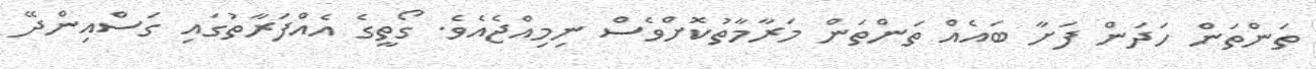
ތަންތަން ހަދަން ފަށާ ބައެއް ތަންތަން މަރާމާތުކޮށްވެސް ނިމިއްޖެއެވެ. ގޯތީގެ އެއްފަރާތުގައި ގަސްއިންދޭ